Punjab Mental Hospital Lahore 1922-31 - 1922-1931
Year: 1922
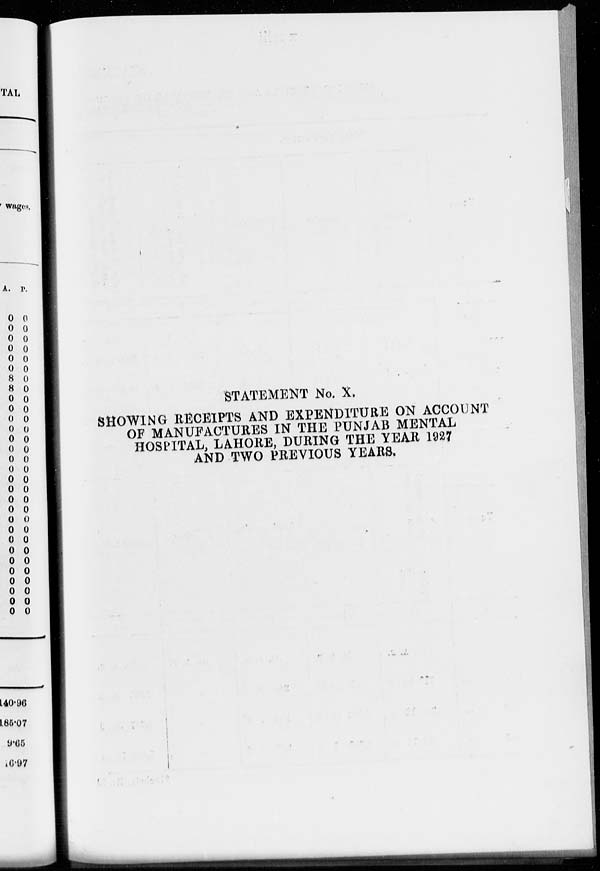
STATEMENT No. X.
SHOWING RECEIPTS AND EXPENDITURE ON ACCOUNT
OF MANUFACTURES IN THE PUNJAB MENTAL
HOSPITAL, LAHORE, DURING THE YEAR 1927
AND TWO PREVIOUS YEARS.